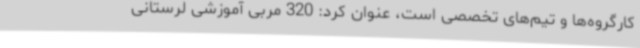
کارگروه‌ها و تیم‌های تخصصی است، عنوان کرد: 320 مربی آموزشی لرستانی